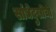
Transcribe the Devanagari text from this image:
सांधेदुखीची